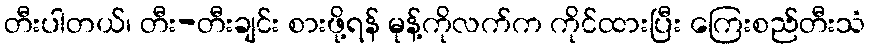
တီးပါတယ်၊ တီး-တီးချင်း စားဖို့ရန် မုန့်ကိုလက်က ကိုင်ထားပြီး ကြေးစည်တီးသံ